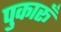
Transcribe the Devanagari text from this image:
पुकारूँ